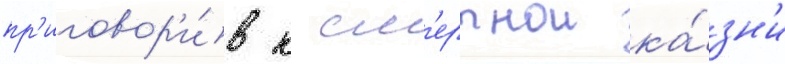
пр'иговор'и́в к см'ертнои ка́зн'и